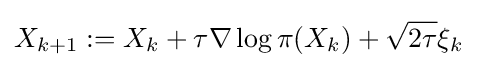
X_{k+1}:=X_{k}+\tau \nabla \log \pi (X_{k})+{\sqrt {2\tau }}\xi _{k}